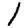
Digit: 1